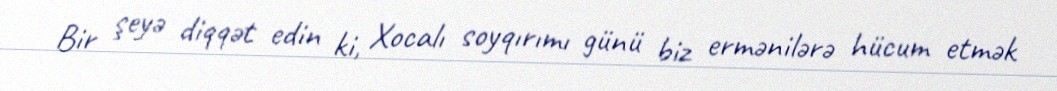
Bir şeyə diqqət edin ki, Xocalı soyqırımı günü biz ermənilərə hücum etmək